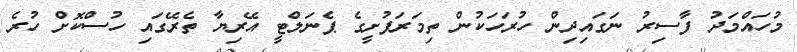
މުހައްމަދު ފާސިރު ނަގައިދިން ހުރަހަކުން ތިމަރަފުށީގެ ޕެނަލްޓީ އޭރިޔާ ތެރޭގައި ހުސްކޮށް ހުރެ